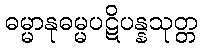
ဓမ္မာနုဓမ္မပဋိပန္နသုတ္တ